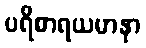
ပရိစာရယမာနာ